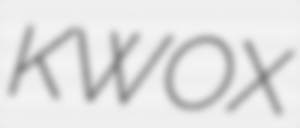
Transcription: KWOX